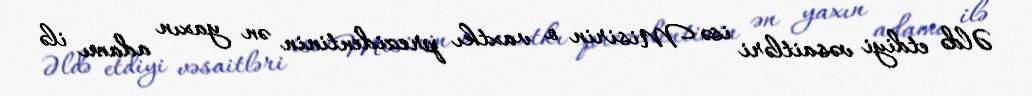
Əldə etdiyi vəsaitləri isə Misirin o vaxtkı prezidentinin ən yaxın adamı ilə